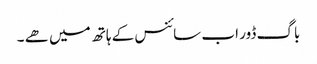
باگ ڈور اب سائنس کے ہاتھ میں ھے ۔